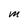
Character: M